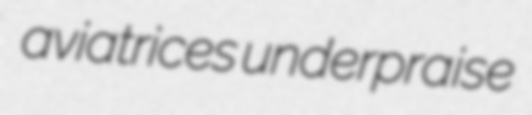
aviatrices underpraise